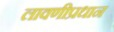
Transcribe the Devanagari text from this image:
लावणीप्रधान